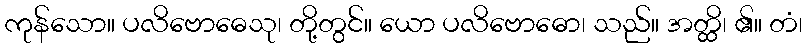
ကုန်သော။ ပလိဗောဓေသု၊ တို့တွင်။ ယော ပလိဗောဓော၊ သည်။ အတ္ထိ၊ ၏။ တံ၊